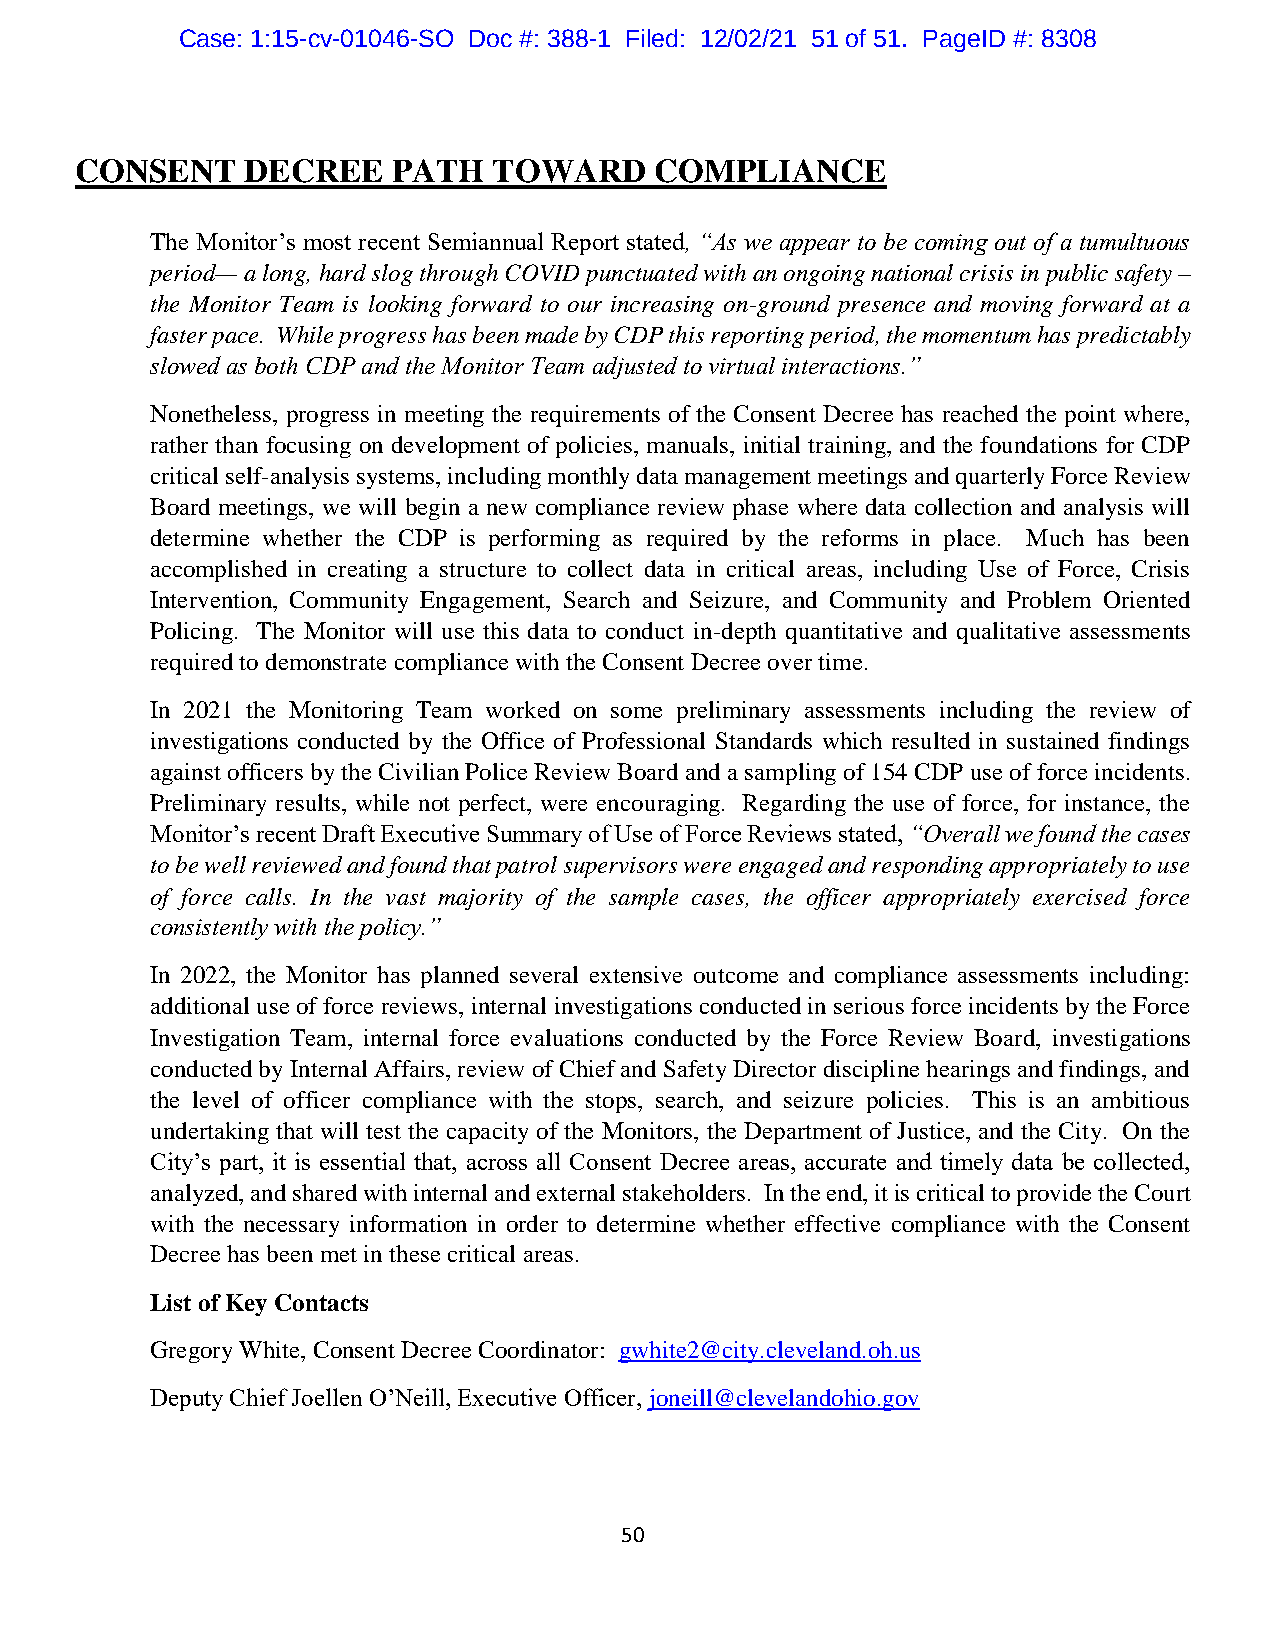
Case: 1:15-cv-01046-SO Doc #: 388-1 Filed: 12/02/21 51 of 51. PageID #: 8308
 CONSENT    DECREE    PATH   TOWARD    COMPLIANCE
 The Monitor’s most recent Semiannual Report stated, “As we appear to be coming out of a tumultuous
 period— a long, hard slog through COVID punctuated with an ongoing national crisis in public safety –
 the Monitor Team is looking forward to our increasing on-ground presence and moving forward at a
 faster pace. While progress has been made by CDP this reporting period, the momentum has predictably
 slowed as both CDP and the Monitor Team adjusted to virtual interactions.”
 Nonetheless, progress in meeting the requirements of the Consent Decree has reached the point where,
 rather than focusing on development of policies, manuals, initial training, and the foundations for CDP
 critical self-analysis systems, including monthly data management meetings and quarterly Force Review
 Board meetings, we will begin a new compliance review phase where data collection and analysis will
 determine whether the CDP is performing as required by the reforms in place. Much has been
 accomplished in creating a structure to collect data in critical areas, including Use of Force, Crisis
 Intervention, Community Engagement, Search and Seizure, and Community and Problem Oriented
 Policing. The Monitor will use this data to conduct in-depth quantitative and qualitative assessments
 required to demonstrate compliance with the Consent Decree over time.
 In 2021 the Monitoring Team worked on some preliminary assessments including the review of
 investigations conducted by the Office of Professional Standards which resulted in sustained findings
 against officers by the Civilian Police Review Board and a sampling of 154 CDP use of force incidents.
 Preliminary results, while not perfect, were encouraging. Regarding the use of force, for instance, the
 Monitor’s recent Draft Executive Summary of Use of Force Reviews stated, “Overall we found the cases
 to be well reviewed and found that patrol supervisors were engaged and responding appropriately to use
 of force calls. In the vast majority of the sample cases, the officer appropriately exercised force
 consistently with the policy.”
 In 2022, the Monitor has planned several extensive outcome and compliance assessments including:
 additional use of force reviews, internal investigations conducted in serious force incidents by the Force
 Investigation Team, internal force evaluations conducted by the Force Review Board, investigations
 conducted by Internal Affairs, review of Chief and Safety Director discipline hearings and findings, and
 the level of officer compliance with the stops, search, and seizure policies. This is an ambitious
 undertaking that will test the capacity of the Monitors, the Department of Justice, and the City. On the
 City’s part, it is essential that, across all Consent Decree areas, accurate and timely data be collected,
 analyzed, and shared with internal and external stakeholders. In the end, it is critical to provide the Court
 with the necessary information in order to determine whether effective compliance with the Consent
 Decree has been met in these critical areas.
 List of Key Contacts
 Gregory White, Consent Decree Coordinator: gwhite2@city.cleveland.oh.us
 Deputy Chief Joellen O’Neill, Executive Officer, joneill@clevelandohio.gov
 50